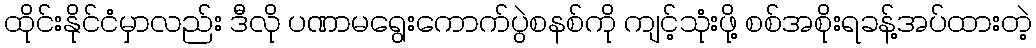
ထိုင်းနိုင်ငံမှာလည်း ဒီလို ပဏာမရွေးကောက်ပွဲစနစ်ကို ကျင့်သုံးဖို့ စစ်အစိုးရခန့်အပ်ထားတဲ့